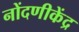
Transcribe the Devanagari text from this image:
नोंदणीकेंद्र